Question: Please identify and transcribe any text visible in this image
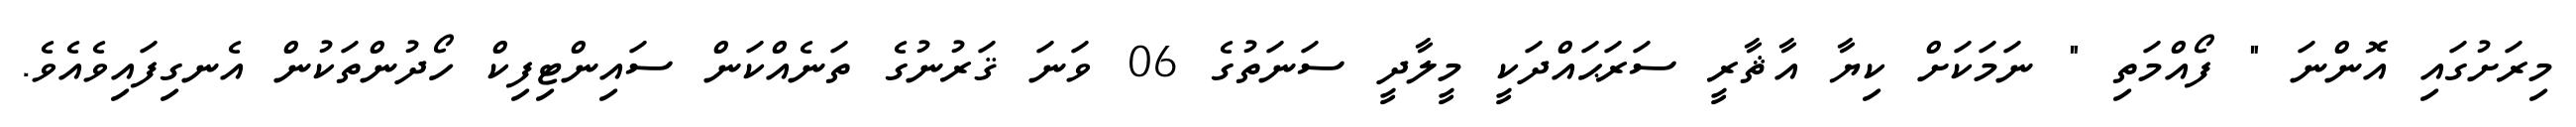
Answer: މިރަށުގައި އޮންނަ " ފޯއްމަތި " ނަމަކަށް ކިޔާ އާޘާރީ ސަރަޙައްދަކީ މީލާދީ ސަނަތުގެ 06 ވަނަ ޤަރުނުގެ ތަނެއްކަން ސައިންޓިފިކް ހޯދުންތަކުން އެނގިފައިވެއެވެ.